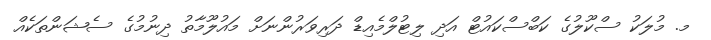
މ. މުލަކު ސްކޫލުގެ ކަބްސްކައުޓް އަދި ލިޓުލްމެއިޑް ދަރިވަރުންނަށް މައުލޫމާތު ދިނުމުގެ ސެޝަންތަކެއް